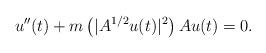
LaTeX: \begin{align*}u''(t)+m\left(|A^{1/2}u(t)|^{2}\right)Au(t)=0.\end{align*}